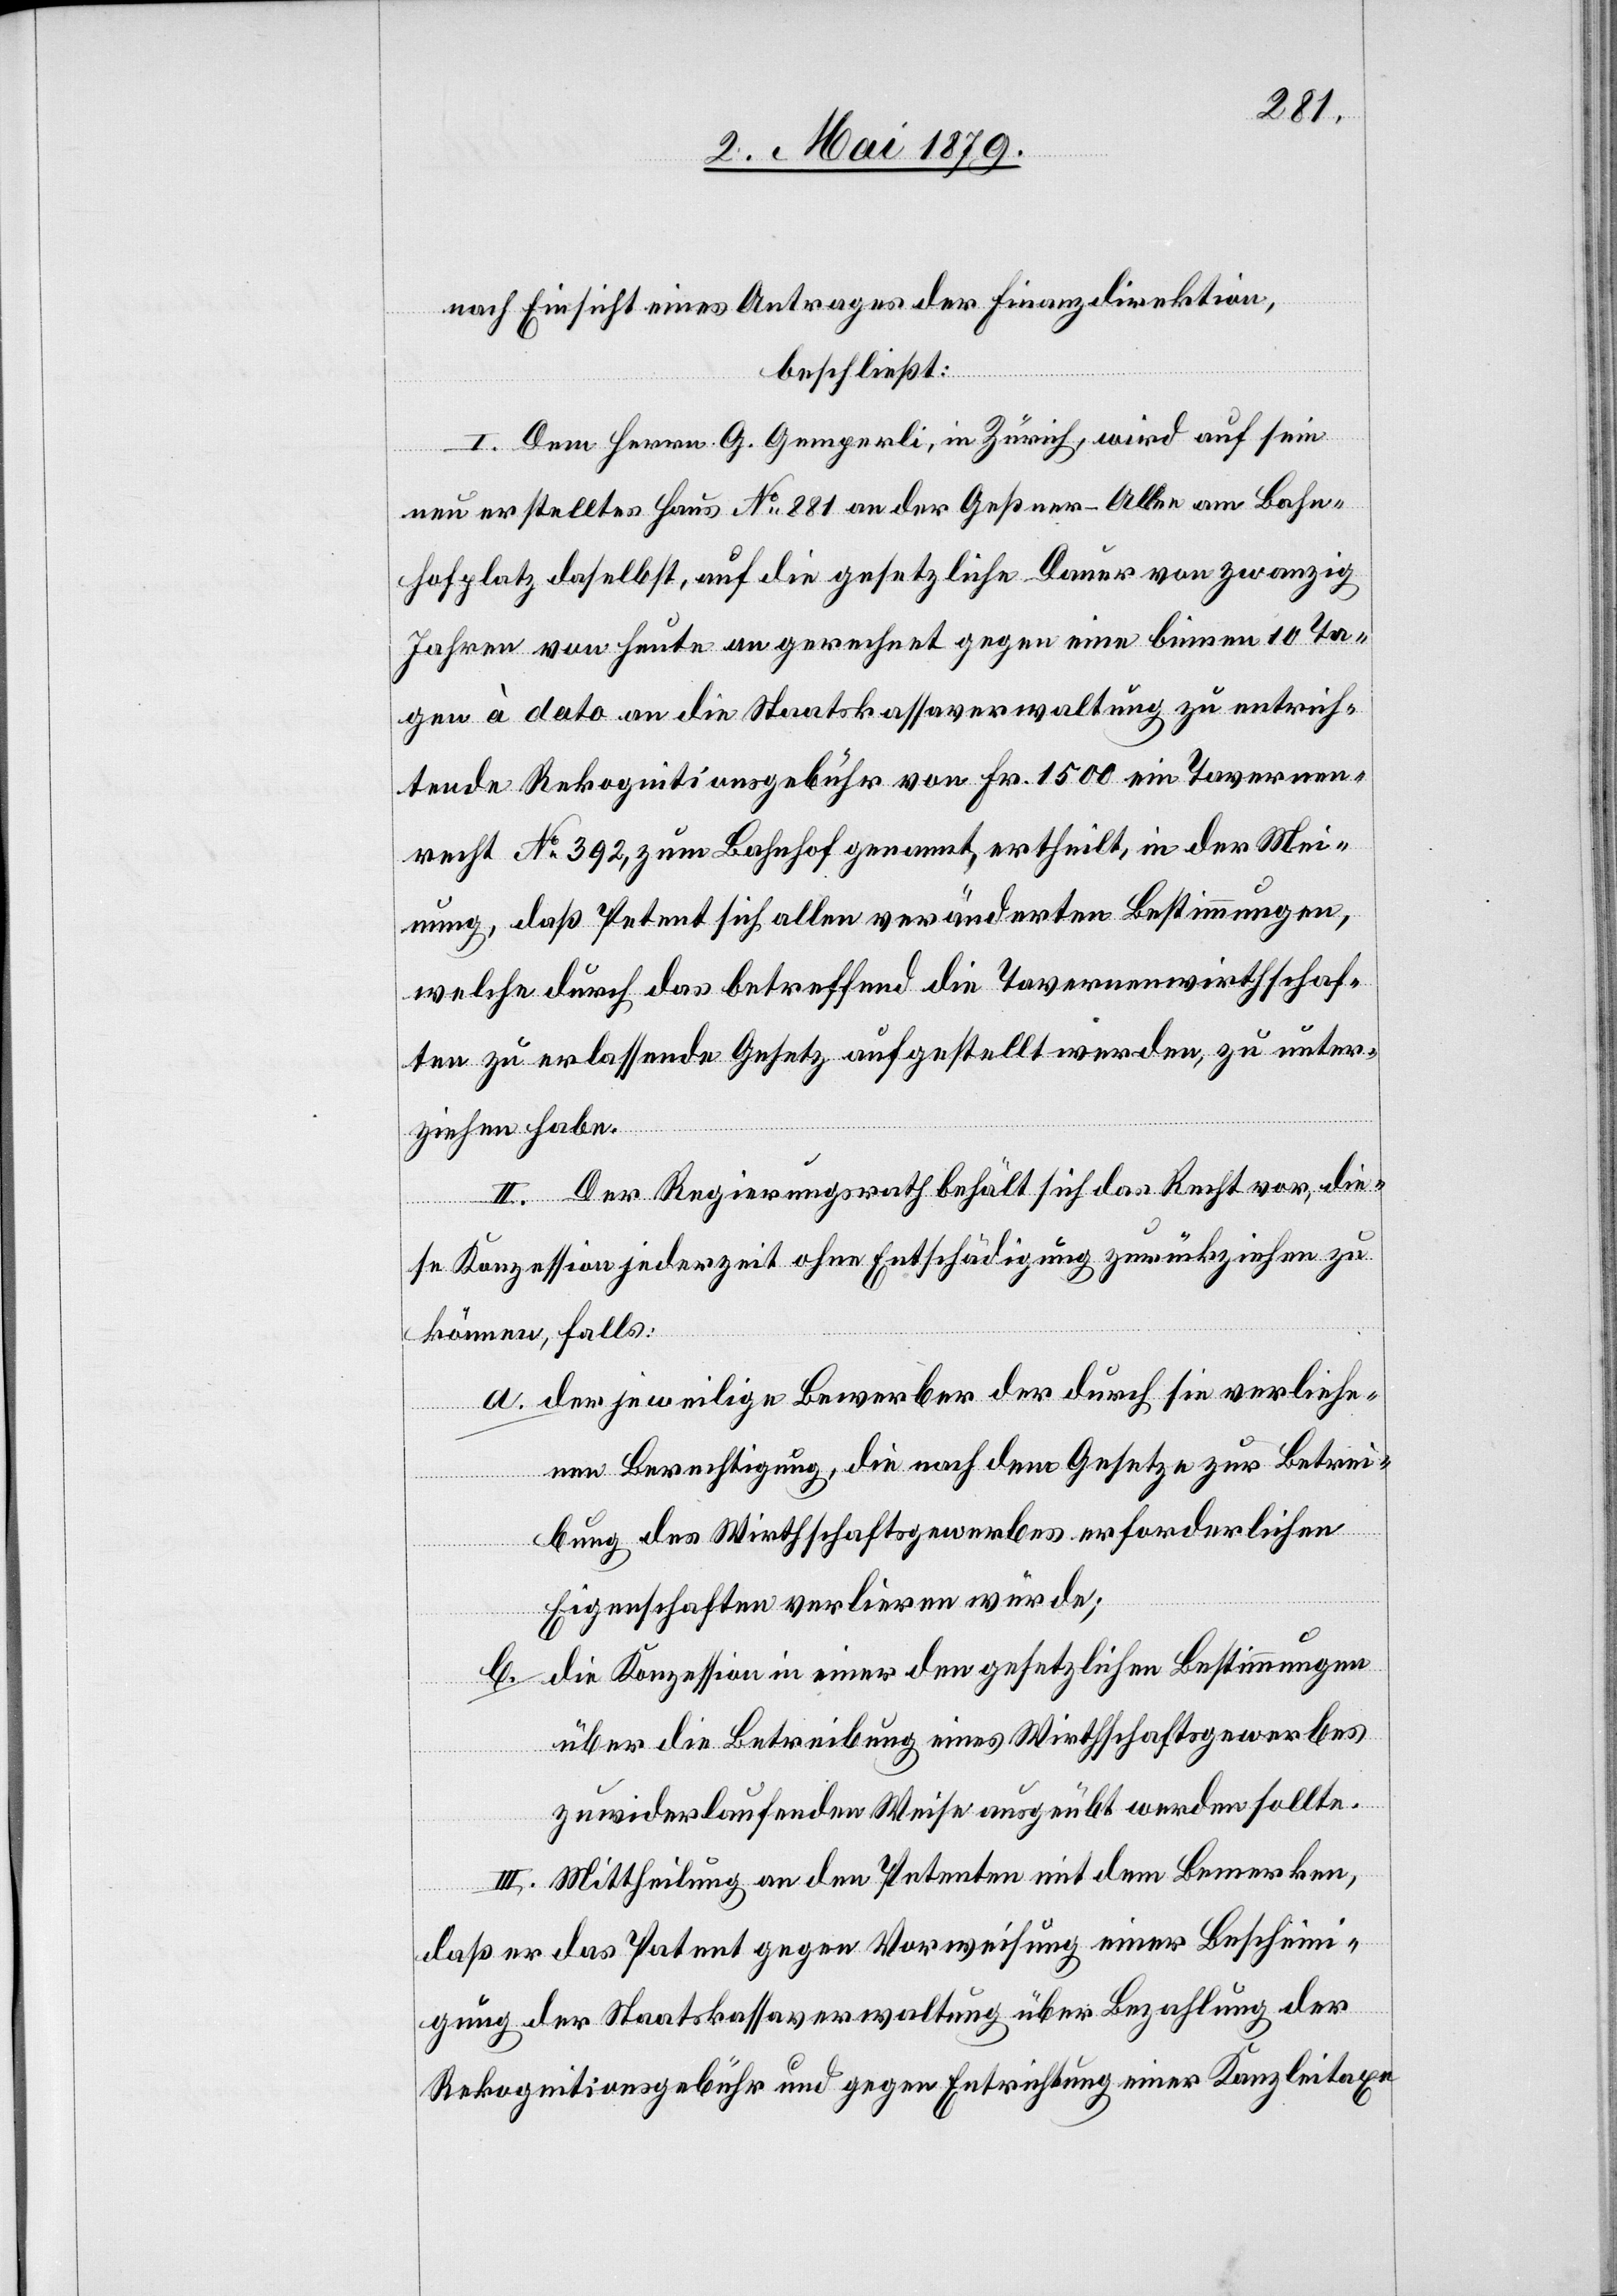
nach Einsicht eines Antrages der Finanzdirektion,
beschließt:
I. Dem Herrn G. Gemperli, in Zürich, wird auf sein
neu erstelltes Haus No 881 an der Geßner-Allee am Bahn¬
hofplatz daselbst, auf die gesetzliche Dauer von zwanzig
Jahren von heute an gerechnet gegen eine binnen 10 Ta¬
gen à dato an die Staatskassaverwaltung zu entrich¬
tende Rekognitionsgebühr von Fr. 1500 ein Tavernen¬
recht No 392, zum Bahnhof genannt, ertheilt, in der Mei¬
nung, daß Petent sich allen veränderten Bestimmungen,
welche durch das betreffend die Tavernenwirthschaf¬
ten zu erlassende Gesetz aufgestellt werden, zu unter¬
ziehen habe.
II. Der Regierungsrath behält sich das Recht vor, die¬
se Konzession jederzeit ohne Entschädigung zurückziehen zu
können, falls:
a. der jeweilige Bewerber der durch sie verliehe¬
nen Berechtigung, die nach dem Gesetze zur Betrei¬
bung des Wirthschaftsgewerbes erforderlichen
Eigenschaften verlieren würde;
b. die Konzession in einer den gesetzlichen Bestimmungen
über die Betreibung eines Wirthschaftsgewerbes
zuwiderlaufenden Weise ausgeübt werden sollte.
III. Mittheilung an den Petenten mit dem Bemerken,
daß er das Patent gegen Vorweisung einer Beschein¬
igung der Staatskassaverwaltung über Bezahlung der
Rekognitionsgebühr und gegen Entrichtung einer Kanzleitaxe